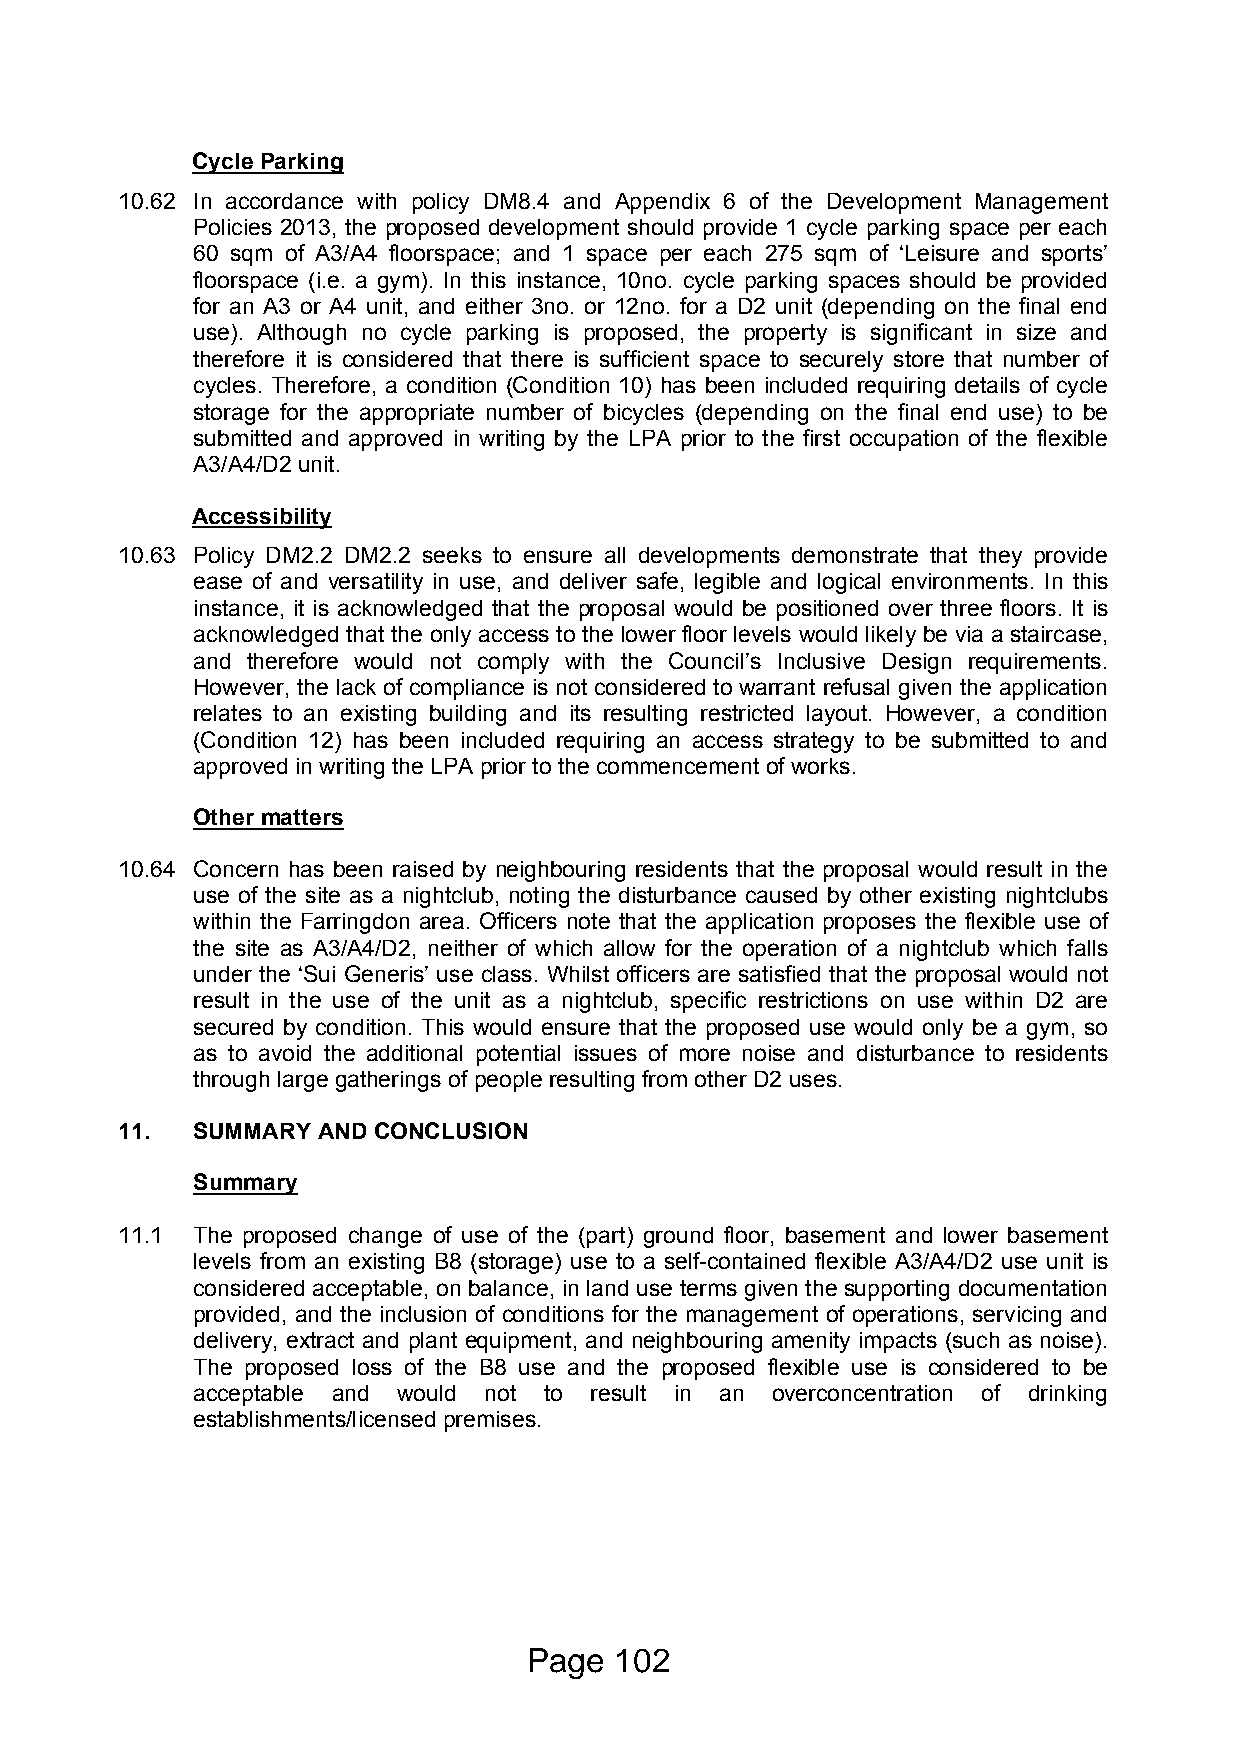
Cycle Parking
 10.62 In accordance with policy DM8.4 and Appendix 6 of the Development Management
 Policies 2013, the proposed development should provide 1 cycle parking space per each
 60 sqm of A3/A4 floorspace; and 1 space per each 275 sqm of ‘Leisure and sports’
 floorspace (i.e. a gym). In this instance, 10no. cycle parking spaces should be provided
 for an A3 or A4 unit, and either 3no. or 12no. for a D2 unit (depending on the final end
 use). Although no cycle parking is proposed, the property is significant in size and
 therefore it is considered that there is sufficient space to securely store that number of
 cycles. Therefore, a condition (Condition 10) has been included requiring details of cycle
 storage for the appropriate number of bicycles (depending on the final end use) to be
 submitted and approved in writing by the LPA prior to the first occupation of the flexible
 A3/A4/D2 unit.
 Accessibility
 10.63 Policy DM2.2 DM2.2 seeks to ensure all developments demonstrate that they provide
 ease of and versatility in use, and deliver safe, legible and logical environments. In this
 instance, it is acknowledged that the proposal would be positioned over three floors. It is
 acknowledged that the only access to the lower floor levels would likely be via a staircase,
 and therefore would not comply with the Council’s Inclusive Design requirements.
 However, the lack of compliance is not considered to warrant refusal given the application
 relates to an existing building and its resulting restricted layout. However, a condition
 (Condition 12) has been included requiring an access strategy to be submitted to and
 approved in writing the LPA prior to the commencement of works.
 Other matters
 10.64 Concern has been raised by neighbouring residents that the proposal would result in the
 use of the site as a nightclub, noting the disturbance caused by other existing nightclubs
 within the Farringdon area. Officers note that the application proposes the flexible use of
 the site as A3/A4/D2, neither of which allow for the operation of a nightclub which falls
 under the ‘Sui Generis’ use class. Whilst officers are satisfied that the proposal would not
 result in the use of the unit as a nightclub, specific restrictions on use within D2 are
 secured by condition. This would ensure that the proposed use would only be a gym, so
 as to avoid the additional potential issues of more noise and disturbance to residents
 through large gatherings of people resulting from other D2 uses.
 11.  SUMMARY AND CONCLUSION
 Summary
 11.1 The proposed change of use of the (part) ground floor, basement and lower basement
 levels from an existing B8 (storage) use to a self-contained flexible A3/A4/D2 use unit is
 considered acceptable, on balance, in land use terms given the supporting documentation
 provided, and the inclusion of conditions for the management of operations, servicing and
 delivery, extract and plant equipment, and neighbouring amenity impacts (such as noise).
 The proposed loss of the B8 use and the proposed flexible use is considered to be
 acceptable and would not to result in an overconcentration of drinking
 establishments/licensed premises.
 Page  102